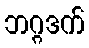
ဘဂ္ဂဒက်